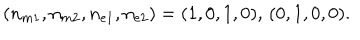
( n _ { m 1 } , n _ { m 2 } , n _ { e 1 } , n _ { e 2 } ) = ( 1 , 0 , 1 , 0 ) , \, ( 0 , 1 , 0 , 0 ) .